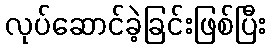
လုပ်ဆောင်ခဲ့ခြင်းဖြစ်ပြီး